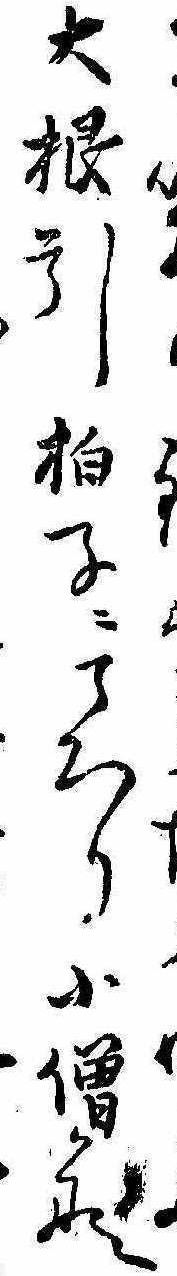
大根引拍子にころり小僧かな